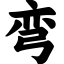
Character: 弯